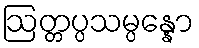
ဩတ္တပ္ပသမ္ပန္နော